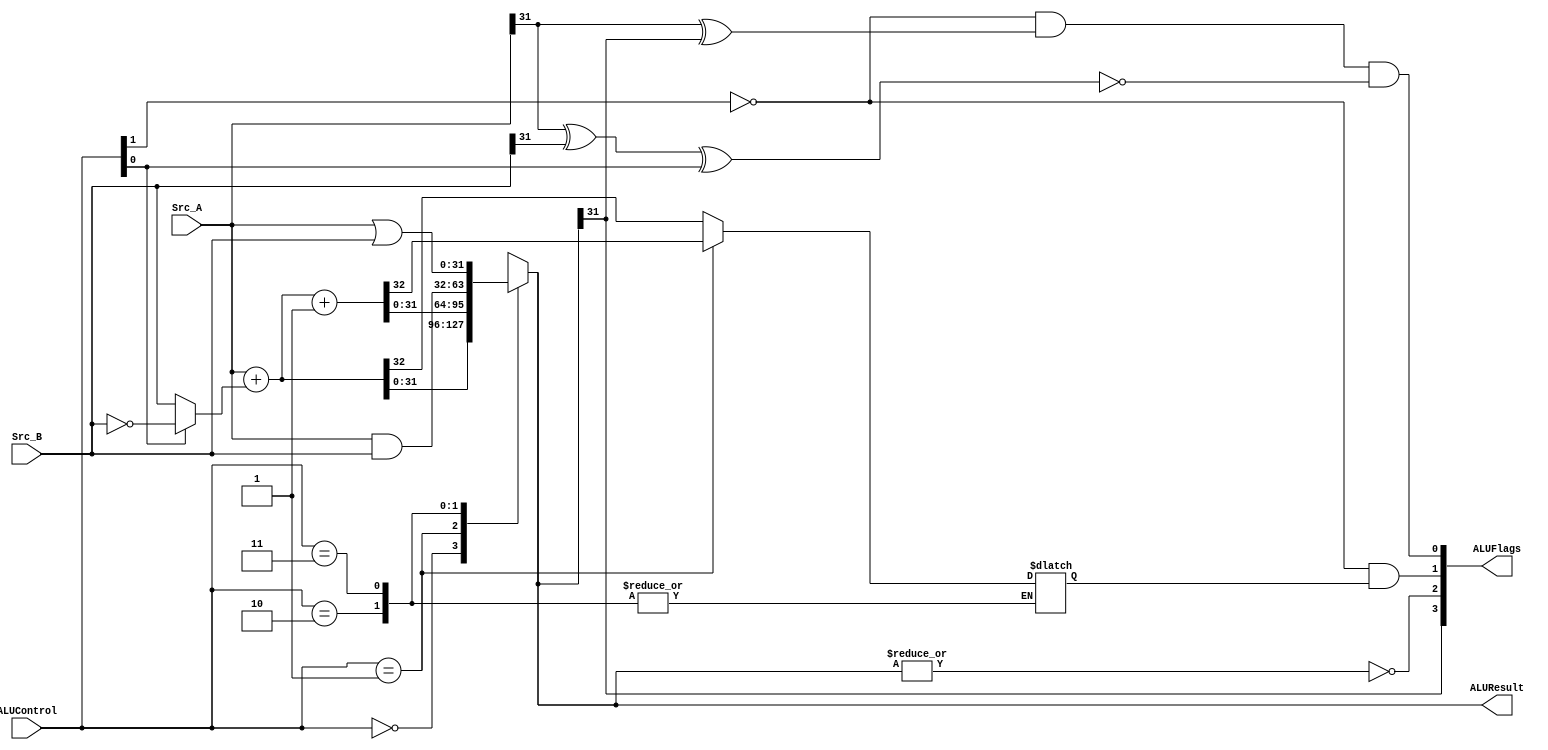
`define ADD 00
`define SUB 01
`define AND 10
`define ORR 11

module ALU(
    input [31:0] Src_A,
    input [31:0] Src_B,
    input [1:0] ALUControl,

    output reg [31:0] ALUResult,
    output [3:0] ALUFlags   // NZ [3:2] CV [1:0]
    );
    
    wire N, Z, C, V;
    reg Cout;

    wire ALUControl_1_n = ~ALUControl[1];

    assign N = ALUResult[31];
    assign Z = ~(|ALUResult);
    assign C = ALUControl_1_n & (Cout);
    assign V = ALUControl_1_n & (Src_A[31] ^ ALUResult[31]) & ~(Src_A[31]^Src_B[31]^ALUControl[0]);

    assign ALUFlags = {N, Z, C, V};
    
    wire[31:0] SUM_B = (ALUControl[0]) ? ~Src_B : Src_B;
    always @(*) begin
        case(ALUControl)
            2'b00:  {Cout, ALUResult} = Src_A + SUM_B;
            2'b01:  {Cout, ALUResult} = Src_A + SUM_B + 1'b1;
            2'b10:  ALUResult = Src_A & Src_B;
            2'b11:  ALUResult = Src_A | Src_B;
            default: ALUResult = 32'd0;
        endcase
    end

endmodule